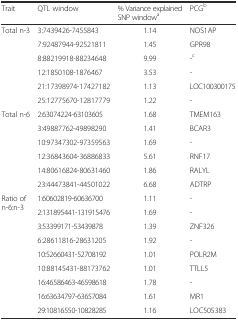
<table><thead><tr><td><b>Trait</b></td><td><b>QTL window</b></td><td><b>% Variance explained SNP window<sup>a</sup></b></td><td><b>PCG<sup>b</sup></b></td></tr></thead><tbody><tr><td rowspan="6">Total n-3</td><td>3:7439426-7455843</td><td>1.14</td><td>NOS1AP</td></tr><tr><td>7:92487944-92521811</td><td>1.45</td><td>GPR98</td></tr><tr><td>8:88219918-88234648</td><td>9.99</td><td>-<sup>c</sup></td></tr><tr><td>12:1850108-1876467</td><td>3.53</td><td>-</td></tr><tr><td>21:17398974-17427182</td><td>1.13</td><td>LOC100300175</td></tr><tr><td>25:12775670-12817779</td><td>1.22</td><td>-</td></tr><tr><td rowspan="6">Total n-6</td><td>2:63074224-63103605</td><td>1.68</td><td>TMEM163</td></tr><tr><td>3:49887762-49898290</td><td>1.41</td><td>BCAR3</td></tr><tr><td>10:97347302-97359563</td><td>1.69</td><td>-</td></tr><tr><td>12:36843604-36886833</td><td>5.61</td><td>RNF17</td></tr><tr><td>14:80616824-80631460</td><td>1.86</td><td>RALYL</td></tr><tr><td>23:44473841-44501022</td><td>6.68</td><td>ADTRP</td></tr><tr><td rowspan="9">Ratio of n-6:n-3</td><td>1:60602819-60636700</td><td>1.11</td><td>-</td></tr><tr><td>2:131895441-131915476</td><td>1.69</td><td>-</td></tr><tr><td>3:53399171-53439878</td><td>1.39</td><td>ZNF326</td></tr><tr><td>6:28611816-28631205</td><td>1.92</td><td>-</td></tr><tr><td>10:52660431-52708192</td><td>1.01</td><td>POLR2M</td></tr><tr><td>10:88145431-88173762</td><td>1.01</td><td>TTLL5</td></tr><tr><td>16:46586463-46598618</td><td>1.78</td><td>-</td></tr><tr><td>16:63634797-63657084</td><td>1.61</td><td>MR1</td></tr><tr><td>29:10816550-10828285</td><td>1.16</td><td>LOC505383</td></tr></tbody></table>